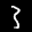
Label: 3